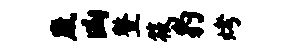
崴凶整筱豹烤